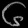
Digit: ၆